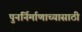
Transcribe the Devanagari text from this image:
पुनर्निर्माणाच्यासाठी